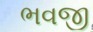
ભવજી